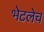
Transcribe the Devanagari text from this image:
भेटलेच